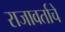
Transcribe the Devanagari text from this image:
राजावर्ताचे